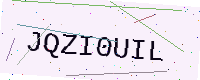
Text: JQZI0UIL